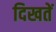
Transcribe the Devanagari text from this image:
दिखतें